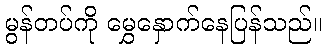
မွန်တပ်ကို မွှေနှောက်နေပြန်သည်။